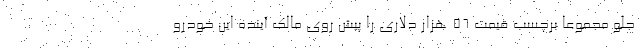
جلو مجموعا برچسب قیمت 56 هزار دلاری را پیش روی مالک آینده این خودرو